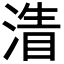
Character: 𣹴